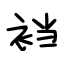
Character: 裆